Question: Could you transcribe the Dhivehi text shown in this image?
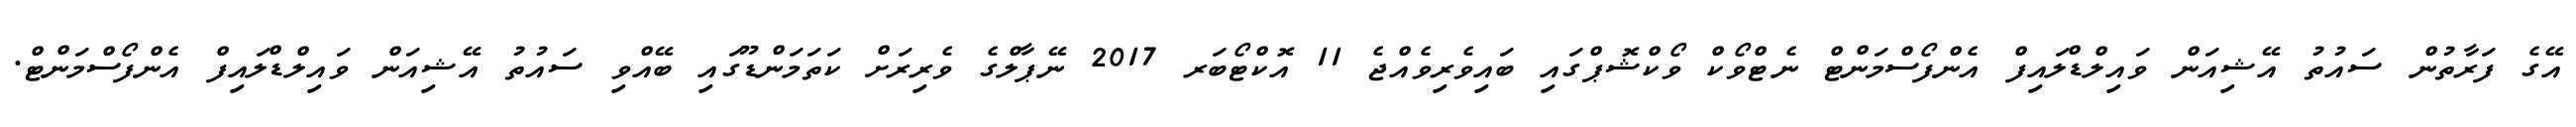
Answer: އޭގެ ފަރާތުން ސައުތު އޭޝިއަން ވައިލްޑްލައިފް އެންފޯސްމަންޓް ނެޓްވޯކް ވޯކްޝޮޕްގައި ބައިވެރިވެއްޖެ 11 އޮކްޓޯބަރ 2017 ނޭޕާލްގެ ވެރިރަށް ކަތަމަންޑޫގައި ބޭއްވި ސައުތު އޭޝިއަން ވައިލްޑްލައިފް އެންފޯސްމަންޓް.